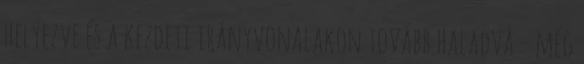
helyezve és a kezdeti irányvonalakon tovább haladva – még